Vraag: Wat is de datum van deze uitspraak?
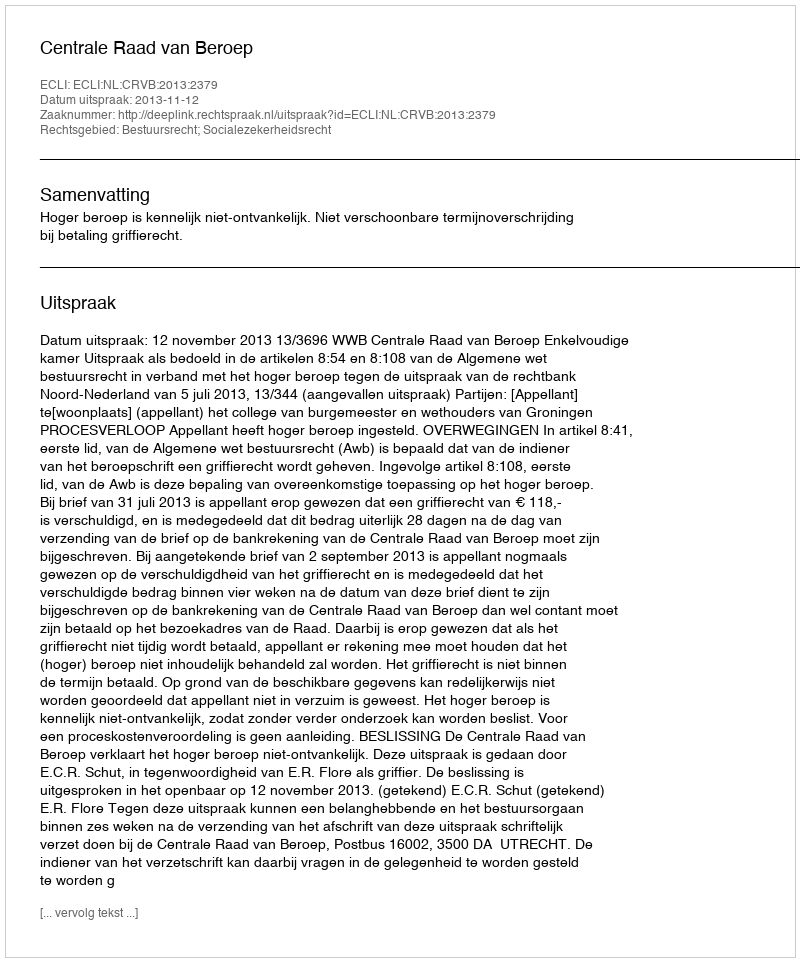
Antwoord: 2013-11-12